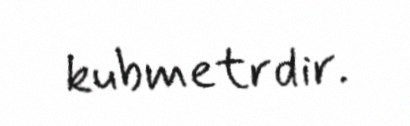
kubmetrdir.